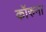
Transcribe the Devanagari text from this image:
कॉरुना